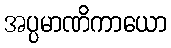
အပ္ပမာဏိကာယော